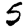
Digit: 5